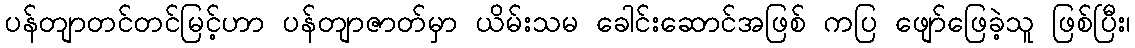
ပန်တျာတင်တင်မြင့်ဟာ ပန်တျာဇာတ်မှာ ယိမ်းသမ ခေါင်းဆောင်အဖြစ် ကပြ ဖျော်ဖြေခဲ့သူ ဖြစ်ပြီး၊